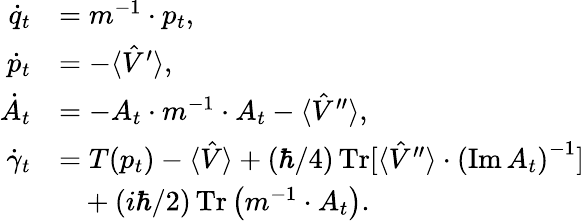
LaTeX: \begin{array}{rl}{\dot{q}_{t}}&{=m^{-1}\cdot p_{t},}\\ {\dot{p}_{t}}&{=-\langle\hat{V}^{\prime}\rangle,}\\ {\dot{A}_{t}}&{=-A_{t}\cdot m^{-1}\cdot A_{t}-\langle\hat{V}^{\prime\prime}\rangle,}\\ {\dot{\gamma}_{t}}&{=T(p_{t})-\langle\hat{V}\rangle+(\hbar/4)\operatorname*{Tr}[\langle\hat{V}^{\prime\prime}\rangle\cdot\left(\operatorname{Im}A_{t}\right)^{-1}]}\\ &{~~~+(i\hbar/2)\operatorname*{Tr}\left(m^{-1}\cdot A_{t}\right).}\end{array}